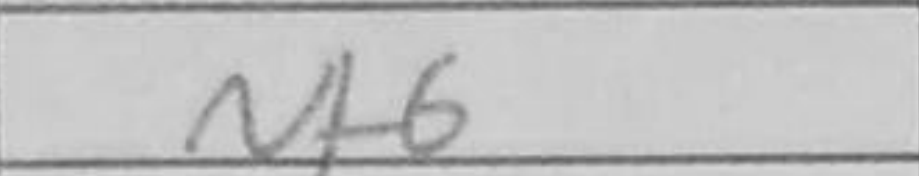
Transcription: Nf6